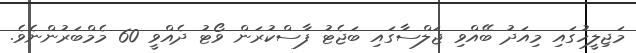
މަޖިލީހުގައި މިއަދު ބޭއްވި ޖަލްސާގައި ބަޖެޓު ފާސްކުރަން ވޯޓު ދެއްވީ 60 މެމްބަރުންނެވެ.